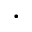
\cdot